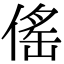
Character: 傜